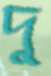
দু